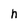
Character: h